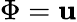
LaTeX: \Phi=\mathbf{u}